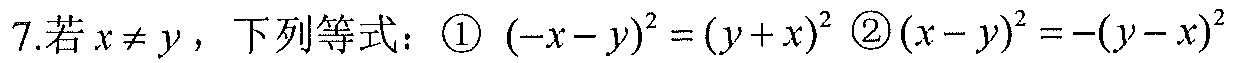
7.若$x\neq y$，下列等式：\textcircled{1} $(-x - y)^{2}=(y + x)^{2}$ \textcircled{2}$(x - y)^{2}=-(y - x)^{2}$